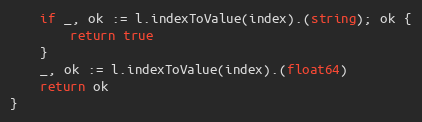
Language: Go
	if _, ok := l.indexToValue(index).(string); ok {
		return true
	}
	_, ok := l.indexToValue(index).(float64)
	return ok
}